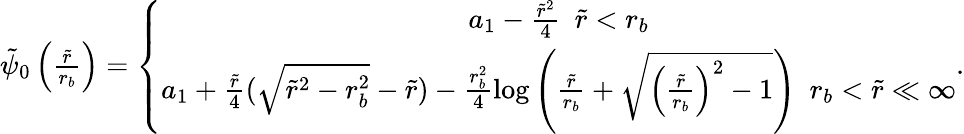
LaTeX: \begin{array}{r}{\tilde{\psi}_{0}\left(\frac{\tilde{r}}{r_{b}}\right)=\left\{ \begin{array}{c}{a_{1}-\frac{\tilde{r}^{2}}{4}~~\tilde{r}<r_{b}}\\ {a_{1}+\frac{\tilde{r}}{4}(\sqrt{\tilde{r}^{2}-r_{b}^{2}}-\tilde{r})-\frac{r_{b}^{2}}{4}\log\left(\frac{\tilde{r}}{r_{b}}+\sqrt{\left(\frac{\tilde{r}}{r_{b}}\right)^{2}-1}\right)~~r_{b}<\tilde{r}\ll\infty}\end{array}\right..}\end{array}